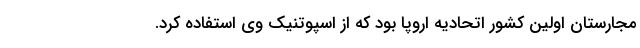
مجارستان اولین کشور اتحادیه اروپا بود که از اسپوتنیک وی استفاده کرد.